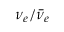
\nu _ { e } / \bar { \nu } _ { e }